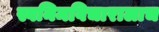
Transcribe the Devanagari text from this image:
स्वनिमविचारालाच